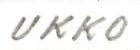
UKKO